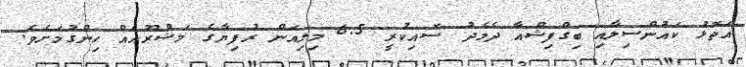
އަތޮޅު ކައުންސިލާއި ބިގްފިޝްއާ ދެމެދު ސޮއިކުރީ 6.5 މިލިއަން ރުފިޔާގެ މަޝްރޫއެއް ހިންގުމަށެވެ.